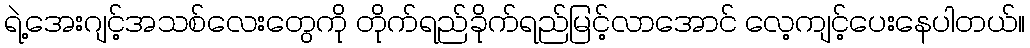
ရဲ့အေးဂျင့်အသစ်လေးတွေကို တိုက်ရည်ခိုက်ရည်မြင့်လာအောင် လေ့ကျင့်ပေးနေပါတယ်။